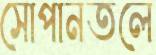
সোপানতলে